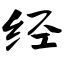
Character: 经